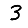
Digit: 3